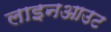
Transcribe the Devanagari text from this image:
लाइनआउट